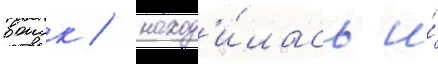
воиск / наход'и́лась и́